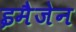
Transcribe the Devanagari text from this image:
इमैजेन